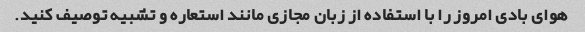
هوای بادی امروز را با استفاده از زبان مجازی مانند استعاره و تشبیه توصیف کنید.